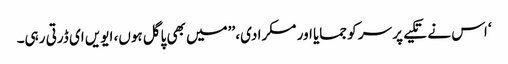
‘ اس نے تکیے پر سر کو جمایا اور مسکرا دی، ’’میں بھی پاگل ہوں، ایویں ای ڈرتی رہی۔